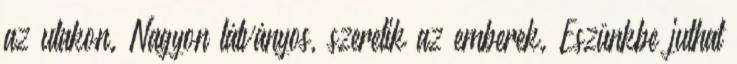
az utakon. Nagyon látványos, szeretik az emberek. Eszünkbe juthat